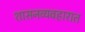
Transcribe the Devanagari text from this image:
शासनव्यवहारात